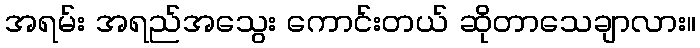
အရမ်း အရည်အသွေး ကောင်းတယ် ဆိုတာသေချာလား။